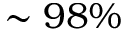
\sim 9 8 \%